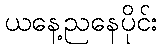
ယနေ့ညနေပိုင်း